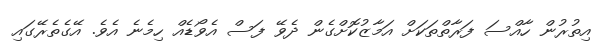
އިތުރުން ހާއްސަ ފަރާތްތަކަށް އަމާޒުކޮށްގެން ދެވޭ ފަސް އެވޯޑެއް ހިމެނެ އެވެ. އޭގެތެރޭގައި